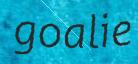
goalie